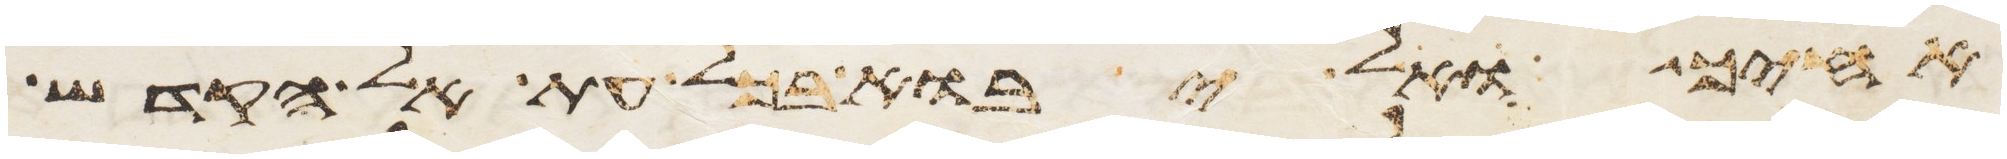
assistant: אחיך ואל יבוא בכל עת אל הקדש